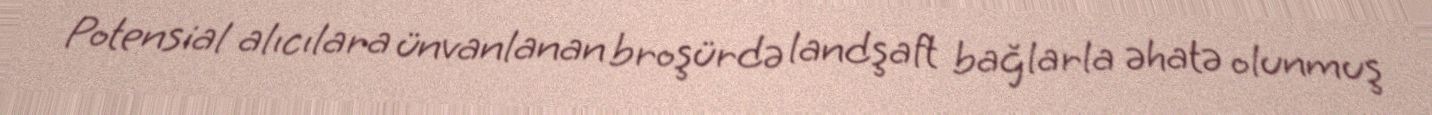
Potensial alıcılara ünvanlanan broşürdə landşaft bağlarla əhatə olunmuş